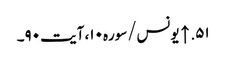
۵۱. ↑ یونس/سوره۱۰، آیت ۹۰۔